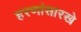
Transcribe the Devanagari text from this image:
हरणांसारखे